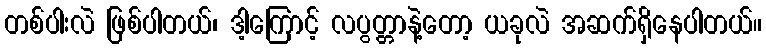
တစ်ပါးလဲ ဖြစ်ပါတယ်၊ ဒါ့ကြောင့် လပွတ္တာနဲ့တော့ ယခုလဲ အဆက်ရှိနေပါတယ်။